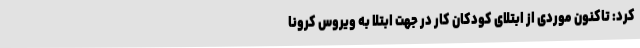
کرد: تاکنون موردی از ابتلای کودکان کار در جهت ابتلا به ویروس کرونا